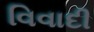
વિવાદી